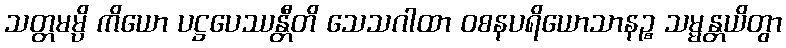
သတ္တမမ္ပိ ကိယော ပဋ္ဌပေဿန္တီတိ သေသဂါထာ ဝစနပရိယောသာနဉ္စ သမ္မန္တယိတွာ